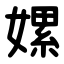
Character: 嫘